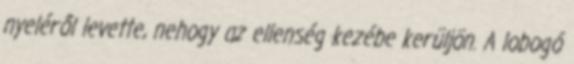
nyeléről levette, nehogy az ellenség kezébe kerüljön. A lobogó